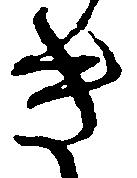
き